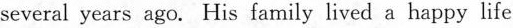
several years ago. His family lived a happy life